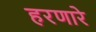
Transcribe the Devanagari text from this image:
हरणारे